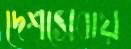
দেশসেবায়